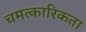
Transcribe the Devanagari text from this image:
चमत्कारिकता